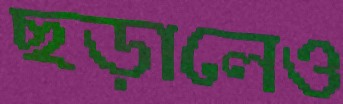
ছড়ালেও